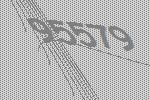
95579